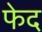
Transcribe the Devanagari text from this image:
फेद